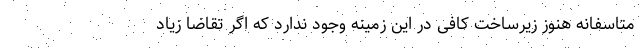
متاسفانه هنوز زیرساخت کافی در این زمینه وجود ندارد که اگر تقاضا زیاد